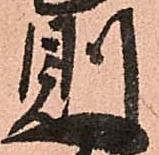
則